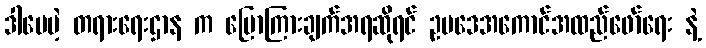
ဒါပေမဲ့ တရားရေးဌာန က ပြောကြားချက်အရဆိုရင် ဥပဒေအကောင်အထည်ဖော်ရေး နဲ့